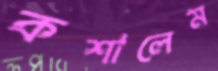
কশালেম